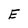
Character: E